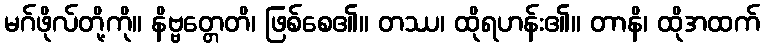
မဂ်ဖိုလ်တို့ကို။ နိဗ္ဗတ္တေတိ၊ ဖြစ်စေ၏။ တဿ၊ ထိုရဟန်း၏။ တာနိ၊ ထိုအထက်